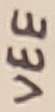
Text: VEE